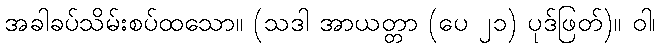
အခါခပ်သိမ်းစပ်ထသော။ (သဒါ အာယတ္တာ (ပေ ၂၁) ပုဒ်ဖြတ်)။ ဝါ၊